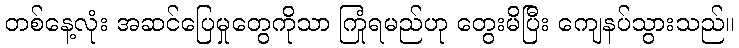
တစ်နေ့လုံး အဆင်ပြေမှုတွေကိုသာ ကြုံရမည်ဟု တွေးမိပြီး ကျေနပ်သွားသည်။